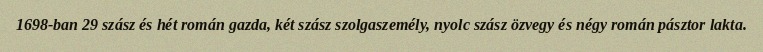
1698-ban 29 szász és hét román gazda, két szász szolgaszemély, nyolc szász özvegy és négy román pásztor lakta.